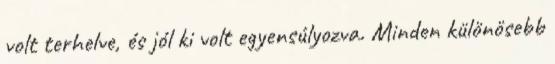
volt terhelve, és jól ki volt egyensúlyozva. Minden különösebb